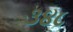
૩૪૮